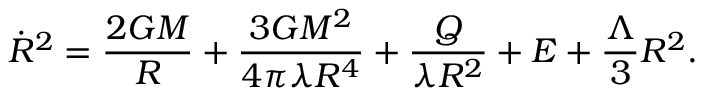
{ \dot { R } } ^ { 2 } = \frac { 2 G M } { R } + \frac { 3 G M ^ { 2 } } { 4 \pi \lambda R ^ { 4 } } + \frac { Q } { \lambda R ^ { 2 } } + E + \frac { \Lambda } { 3 } R ^ { 2 } .